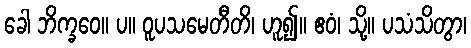
ခေါ ဘိက္ခဝေ။ ပ။ ဝူပသမေတီတိ၊ ဟူ၍။ ဧဝံ၊ သို့။ ပသံသိတွာ၊